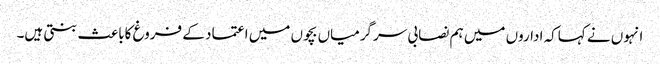
انہوں نے کہاکہ اداروں میں ہم نصابی سرگرمیاں بچوں میں اعتماد کے فروغ کاباعث بنتی ہیں۔